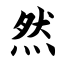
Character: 然